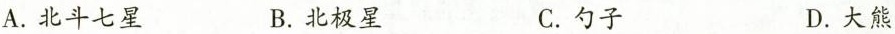
A.北斗七星 B.北极星 C.勺子 D.大熊